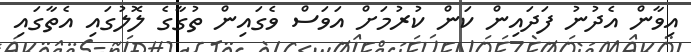
އިވާން އެދުނު ފަދައިން ކަން ކުރުމަށް އަވަސް ވެގައިން ތުގާގެ ލޮލުގައި އެތާގައި